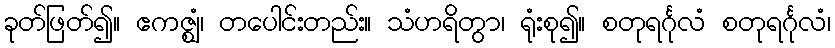
ခုတ်ဖြတ်၍။ ဧကဇ္ဈံ၊ တပေါင်းတည်း။ သံဟရိတွာ၊ ရုံးစု၍။ စတုရင်္ဂုလံ စတုရင်္ဂုလံ၊